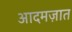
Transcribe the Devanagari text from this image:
आदमज़ात